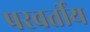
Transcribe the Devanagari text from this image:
परवर्तीय